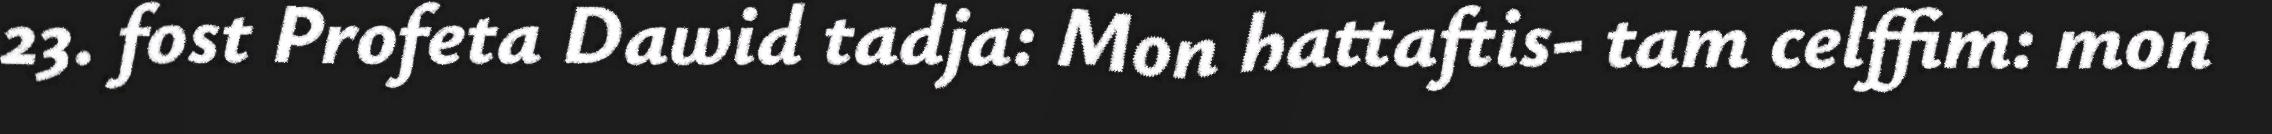
23. fost Profeta Dawid tadja: Mon hattaftis- tam celffim: mon